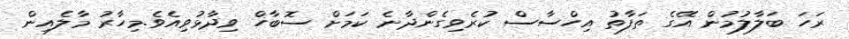
ރަހަ ބަލާލުމުން އޭގެ ތަފާތު އިހްސާސް ކުރެވިގެންދާނެ ކަމަށް ސޮބާހް ވިދާޅުވިއެވެ.މިހާރު މާލެއިން